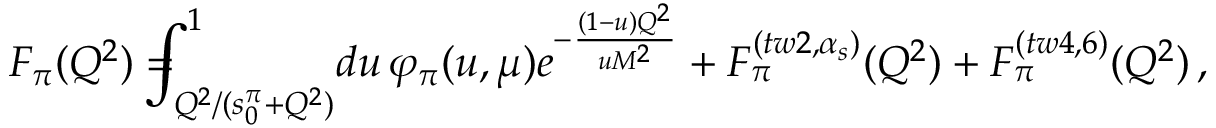
F _ { \pi } ( Q ^ { 2 } ) = \! \! \! \! \! \! \int _ { Q ^ { 2 } / ( s _ { 0 } ^ { \pi } + Q ^ { 2 } ) } ^ { 1 } \! d u \, \varphi _ { \pi } ( u , \mu ) e ^ { - \frac { ( 1 - u ) Q ^ { 2 } } { u M ^ { 2 } } } + F _ { \pi } ^ { ( t w 2 , \alpha _ { s } ) } ( Q ^ { 2 } ) + F _ { \pi } ^ { ( t w 4 , 6 ) } ( Q ^ { 2 } ) \, ,